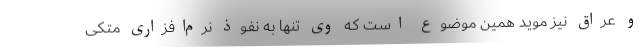
و عراق نیز موید همین موضوع است که وی تنها به نفوذ نرم­افزاری متکی